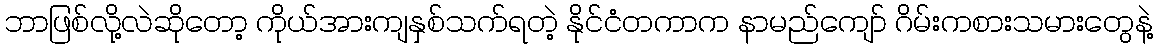
ဘာဖြစ်လို့လဲဆိုတော့ ကိုယ်အားကျနှစ်သက်ရတဲ့ နိုင်ငံတကာက နာမည်ကျော် ဂိမ်းကစားသမားတွေနဲ့